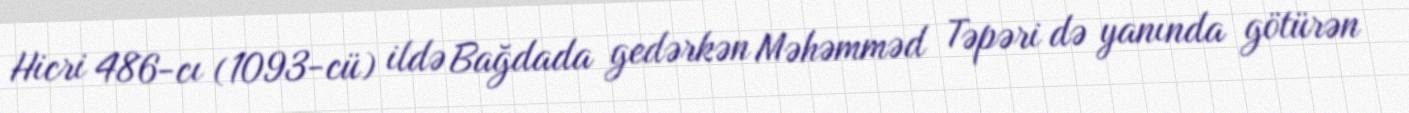
Hicri 486-cı (1093-cü) ildə Bağdada gedərkən Məhəmməd Təpəri də yanında götürən